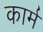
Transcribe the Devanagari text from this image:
कार्म